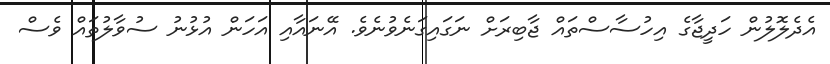
އެދެލޮލުން ހަދީޖާގެ އިހުސާސްތައް ޖާބިރަށް ނަގައިގަނެވުނެވެ. އޭނައާއި އަހަން އުޅުނު ސުވާލުތައް ވެސް